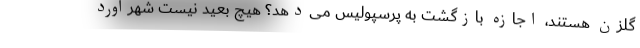
گلزن هستند، اجازه بازگشت به پرسپولیس می‌دهد؟ هیچ بعید نیست شهرآورد